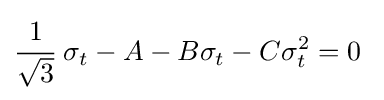
{\cfrac {1}{\sqrt {3}}}~\sigma _{t}-A-B\sigma _{t}-C\sigma _{t}^{2}=0~